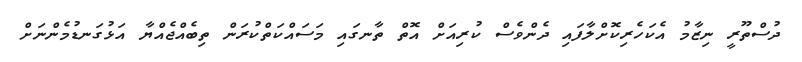
ދުސްތޫރީ ނިޒާމު އެކަހެރިކޮށްލާފައި ދެންވެސް ކުރިއަށް އޮތް ތާނގައި މަސައްކަތްކުރަން ތިބެއްޖެއްޔާ އަޅުގަނޑުމެންނަށް